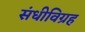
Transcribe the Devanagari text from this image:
संधीविग्रह